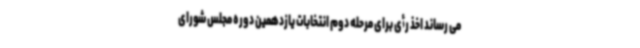
می رساند اخذ رأی برای مرحله دوم انتخابات یازدهمین دوره مجلس شورای